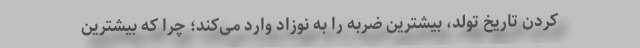
کردن تاریخ تولد، بیشترین ضربه را به نوزاد وارد می‌کند؛ چرا که بیشترین